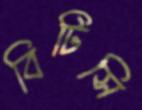
বিটিসি